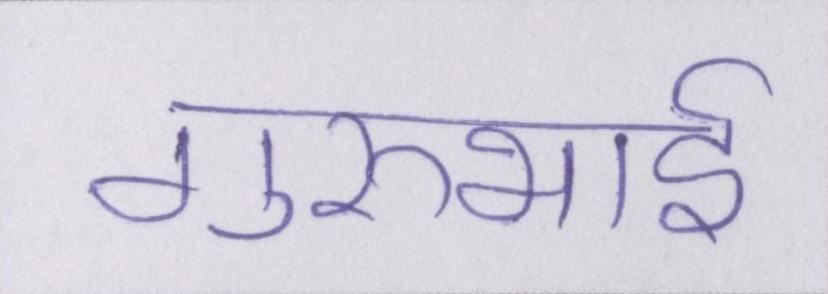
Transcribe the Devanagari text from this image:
गुरुभाई